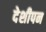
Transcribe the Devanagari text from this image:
देशीपन